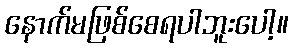
နောက်မဖြစ်စေရပါဘူးပေါ့။